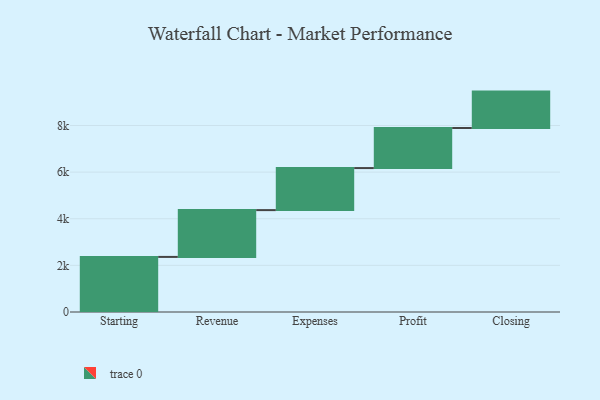
{"axis": {"x": "Step", "y": "Value"}, "legend": [""], "data": [{"x": "Starting", "y": 2363.0, "type": ""}, {"x": "Revenue", "y": 2007.0, "type": ""}, {"x": "Expenses", "y": 1803.0, "type": ""}, {"x": "Profit", "y": 1719.0, "type": ""}, {"x": "Closing", "y": 1561.0, "type": ""}]}